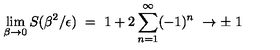
\lim _ { \beta \rightarrow 0 } S ( \beta ^ { 2 } / \epsilon ) \ = \ 1 + 2 \sum _ { n = 1 } ^ { \infty } ( - 1 ) ^ { n } \ \rightarrow \pm \ 1